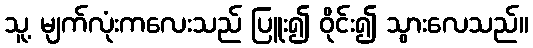
သူ့ မျက်လုံးကလေးသည် ပြူး၍ ဝိုင်း၍ သွားလေသည်။